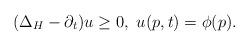
LaTeX: \begin{align*}(\Delta_H - \partial_t) u \geq 0, \ u(p, t) = \phi (p) .\end{align*}